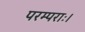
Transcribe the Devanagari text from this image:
परम्पराः।